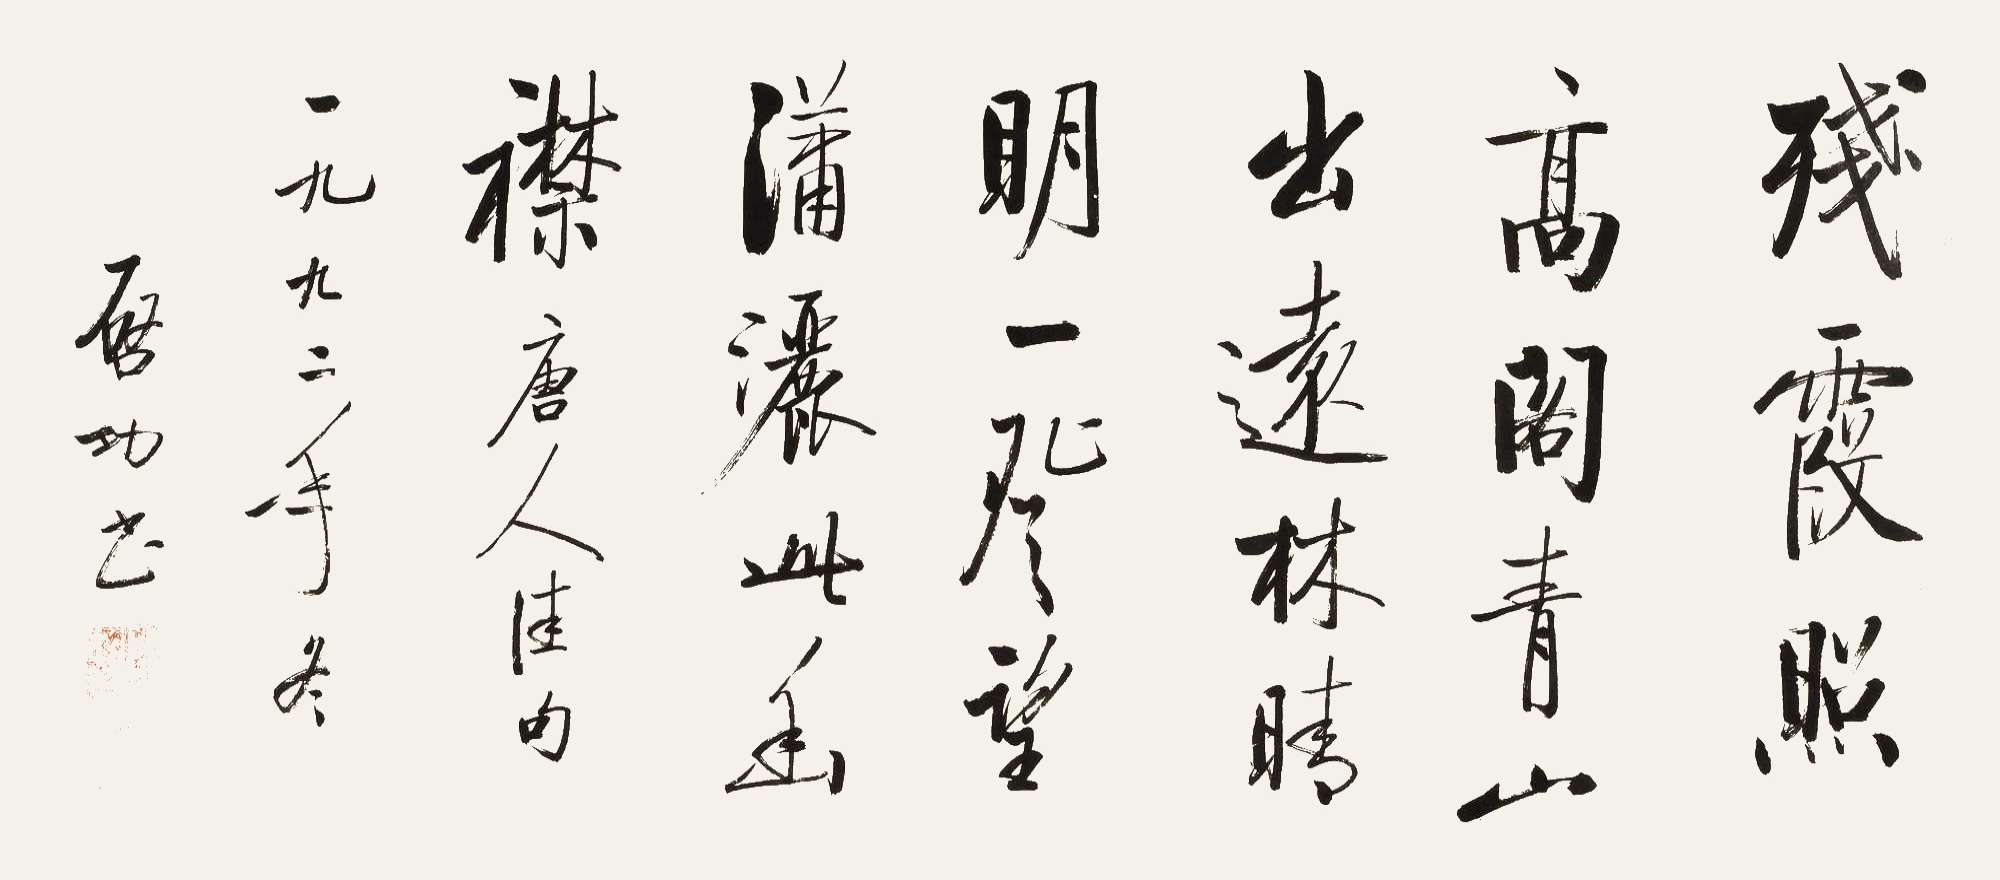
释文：残霞照高阁，青山出远林。晴明一登望，潇洒此幽襟。唐人佳句。一九九二年冬，启功书。